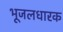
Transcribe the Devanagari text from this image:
भूजलधारक